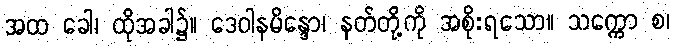
အထ ခေါ၊ ထိုအခါ၌။ ဒေဝါနမိန္ဒော၊ နတ်တို့ကို အစိုးရသော။ သက္ကော စ၊